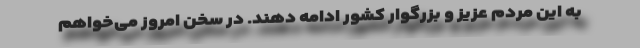
به این مردم عزیز و بزرگوار کشور ادامه دهند. در سخن امروز می‌خواهم